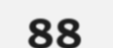
88